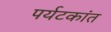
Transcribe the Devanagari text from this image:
पर्यटकांत